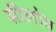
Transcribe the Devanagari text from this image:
सीलोव